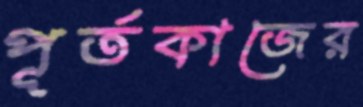
পূর্তকাজের